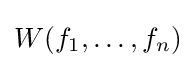
W(f_{1},\ldots ,f_{n})